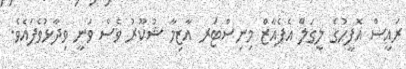
ރައީސް އޮފީހުގެ ލީގަލް އެފެއާޒް މިނިސްޓަރ އާޒިމާ ޝުކޫރު ވެސް ވަނީ ވިދާޅުވެފައެވެ.